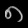
Digit: ၈